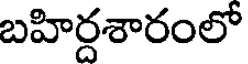
బహిర్దశారంలో